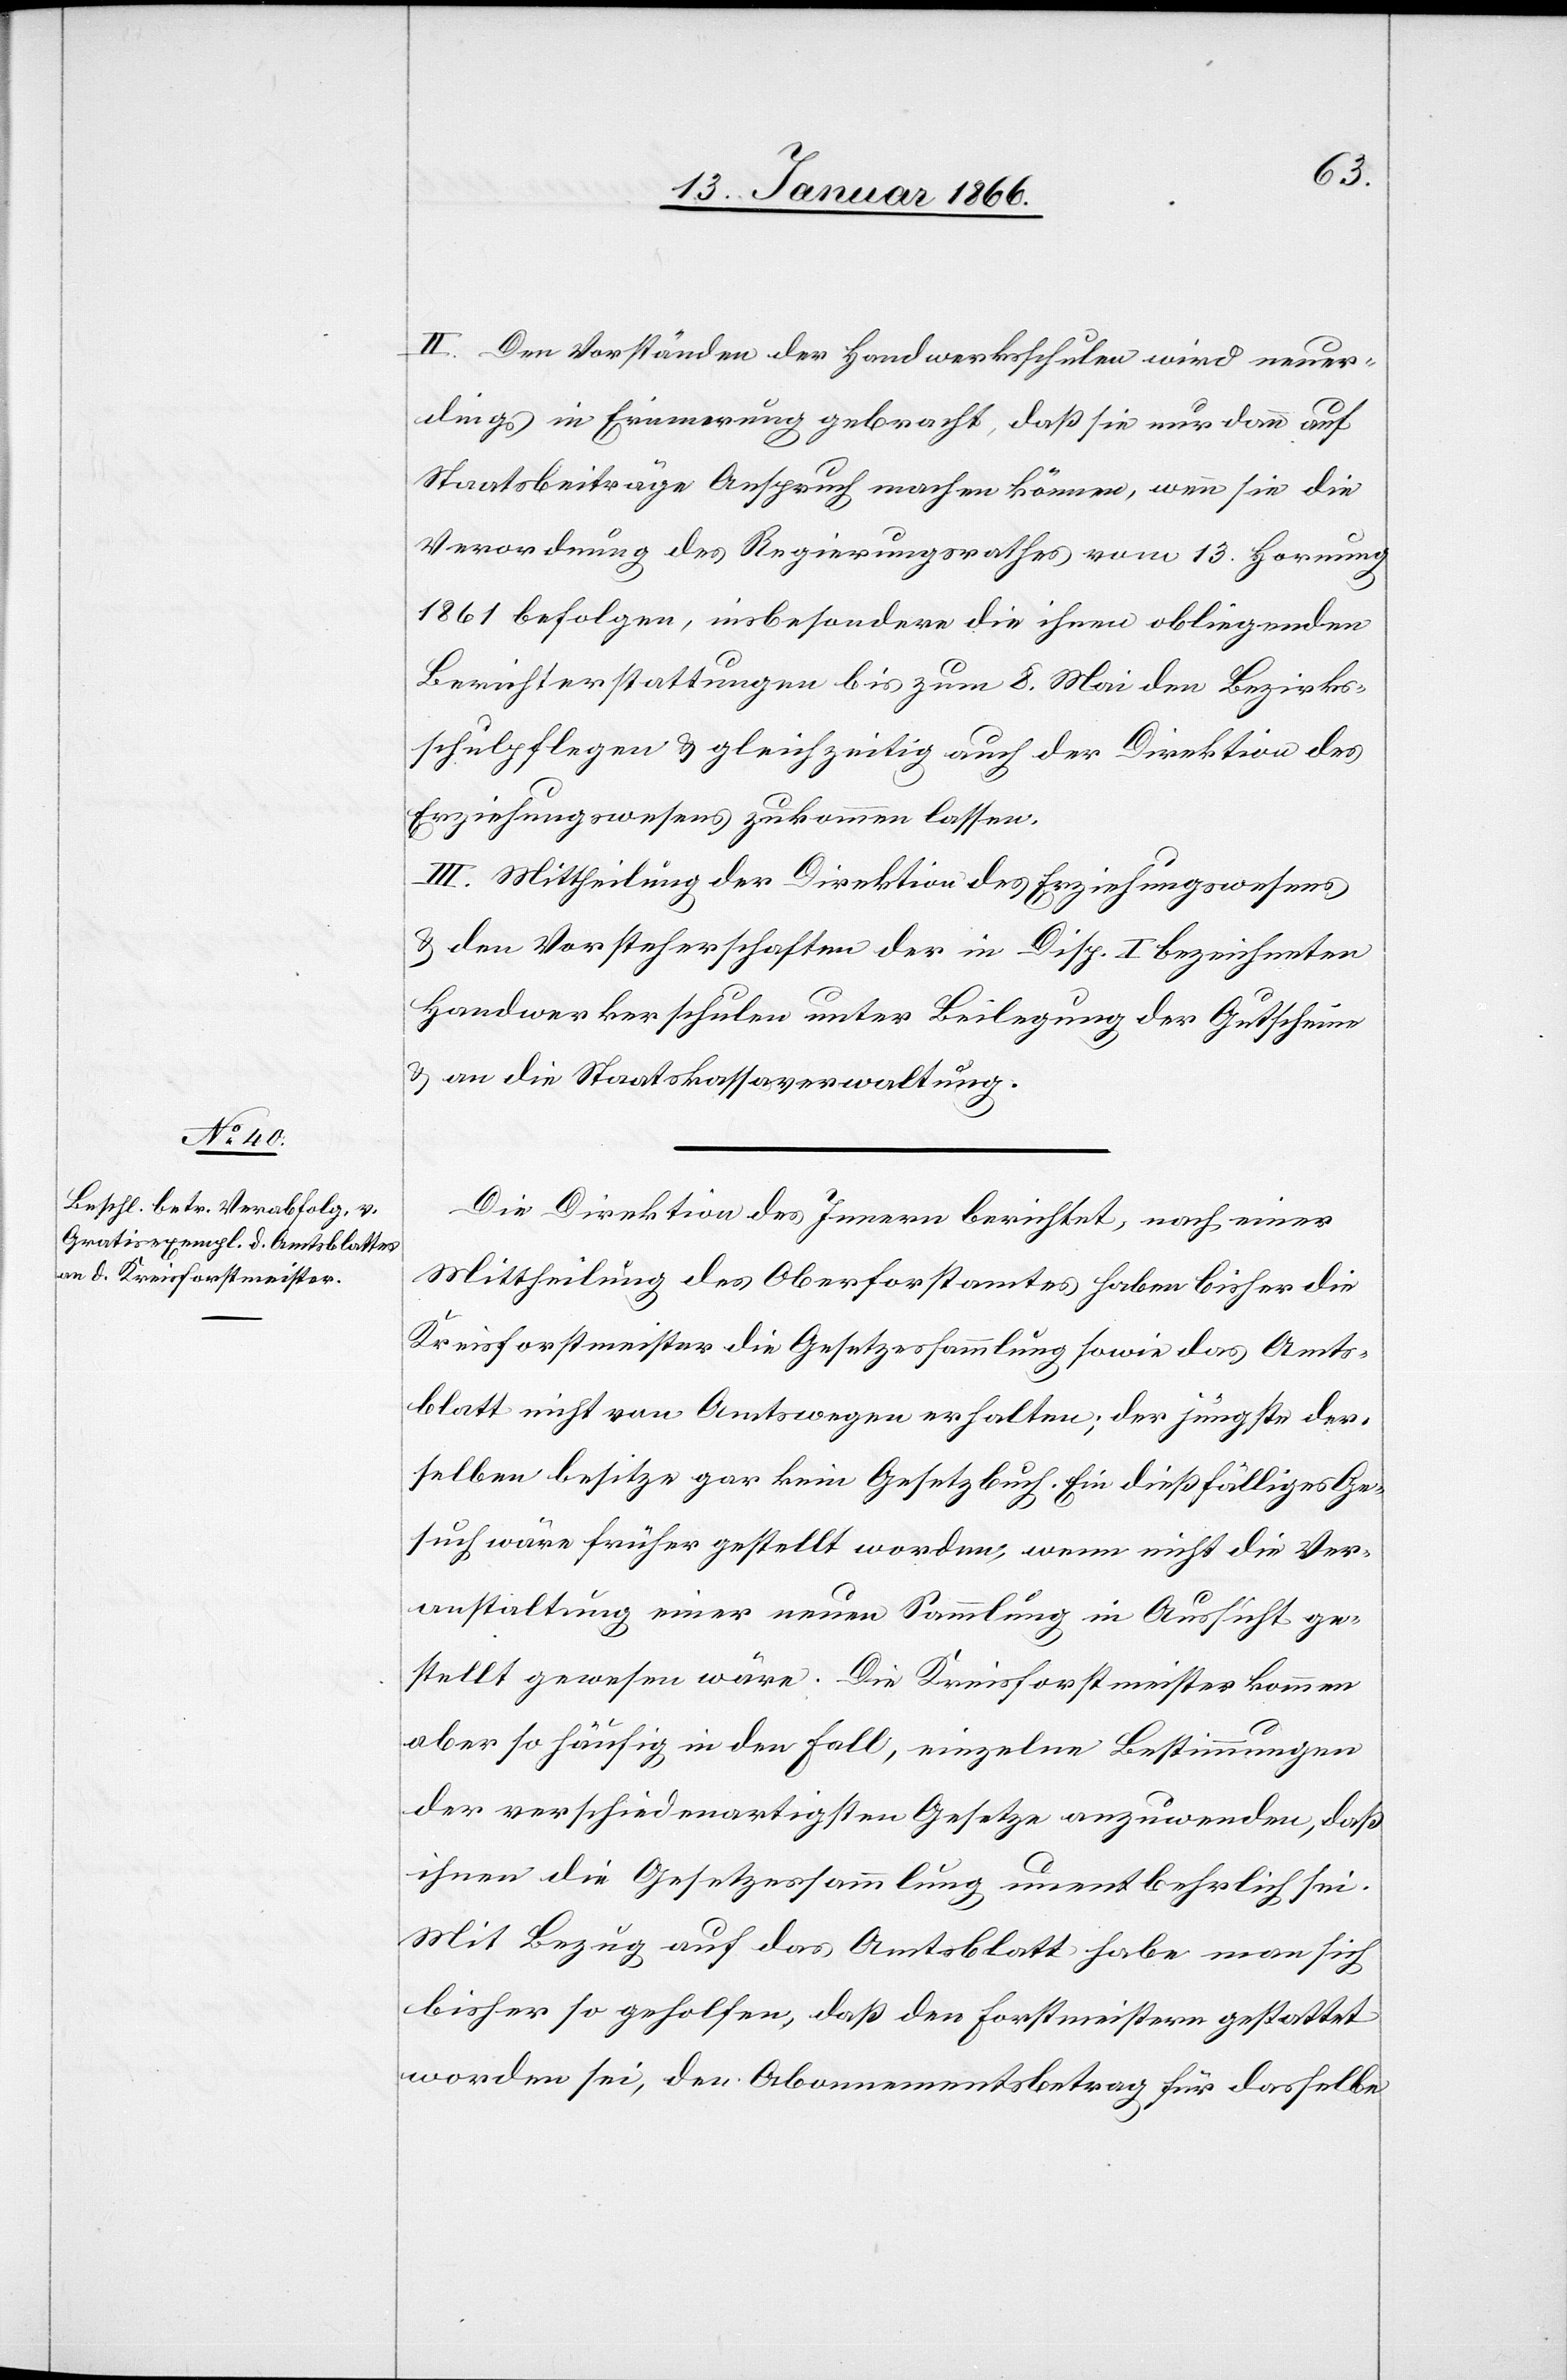
II. Den Vorständen der Handwerksschulen wird neuer¬
dings in Erinnerung gebracht, daß sie nur dann auf
Staatsbeiträge Anspruch machen können, wenn sie die
Verordnung des Regierungsrathes vom 13. Hornung
1861 befolgen, insbesondere die ihnen obliegenden
Berichterstattungen bis zum 8. Mai den Bezirks¬
schulpflegen u. gleichzeitig auch der Direktion des
Erziehungswesens zukommen lassen.
III. Mittheilung der Direktion des Erziehungswesens
u. den Vorsteherschaften der in Disp. I bezeichneten
Handwerkerschulen unter Beilegung der Gutscheine
u. an die Staatskassenverwaltung.
Die Direktion des Innern berichtet, nach einer
Mittheilung des Oberforstamtes haben bisher die
Kreisforstmeister die Gesetzessammlung sowie das Amts¬
blatt nicht von Amtswegen erhalten; der jüngste der¬
selben besitze gar kein Gesetzbuch. Ein dießfälliges Ge¬
such wäre früher gestellt worden, wenn nicht die Ver¬
anstaltung einer neuen Sammlung in Aussicht ge¬
stellt gewesen wäre. Die Kreisforstmeister kommen
aber so häufig in den Fall, einzelne Bestimmungen
der verschiedenartigsten Gesetze anzuwenden, daß
ihnen die Gesetzessammlung unentbehrlich sei.
Mit Bezug auf das Amtsblatt habe man sich
bisher so gehalten, daß den Forstmeistern gestattet
worden sei, den Abonnementsbetrag für dasselbe